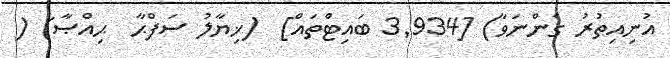
އުނިއިތުރު ގެންނަވާ) [3